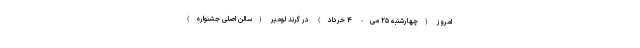
امروز (چهارشنبه ۲۵ می- ۴ خرداد) در گرند لومیر (سالن اصلی جشنواره)